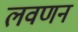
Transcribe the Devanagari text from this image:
लवणन